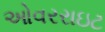
ઓવરરાઇટ